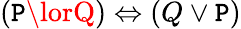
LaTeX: (\mathtt{P}\lorQ)\Leftrightarrow(Q\lor\mathtt{P})